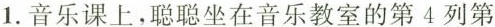
1.音乐课上，聪聪坐在音乐教室的第4列第